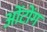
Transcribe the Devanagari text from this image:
ओंटोंग